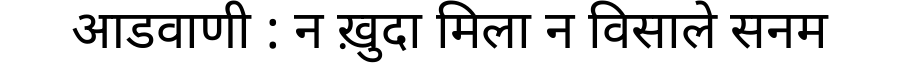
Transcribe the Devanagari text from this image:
आडवाणी : न ख़ुदा मिला न विसाले सनम